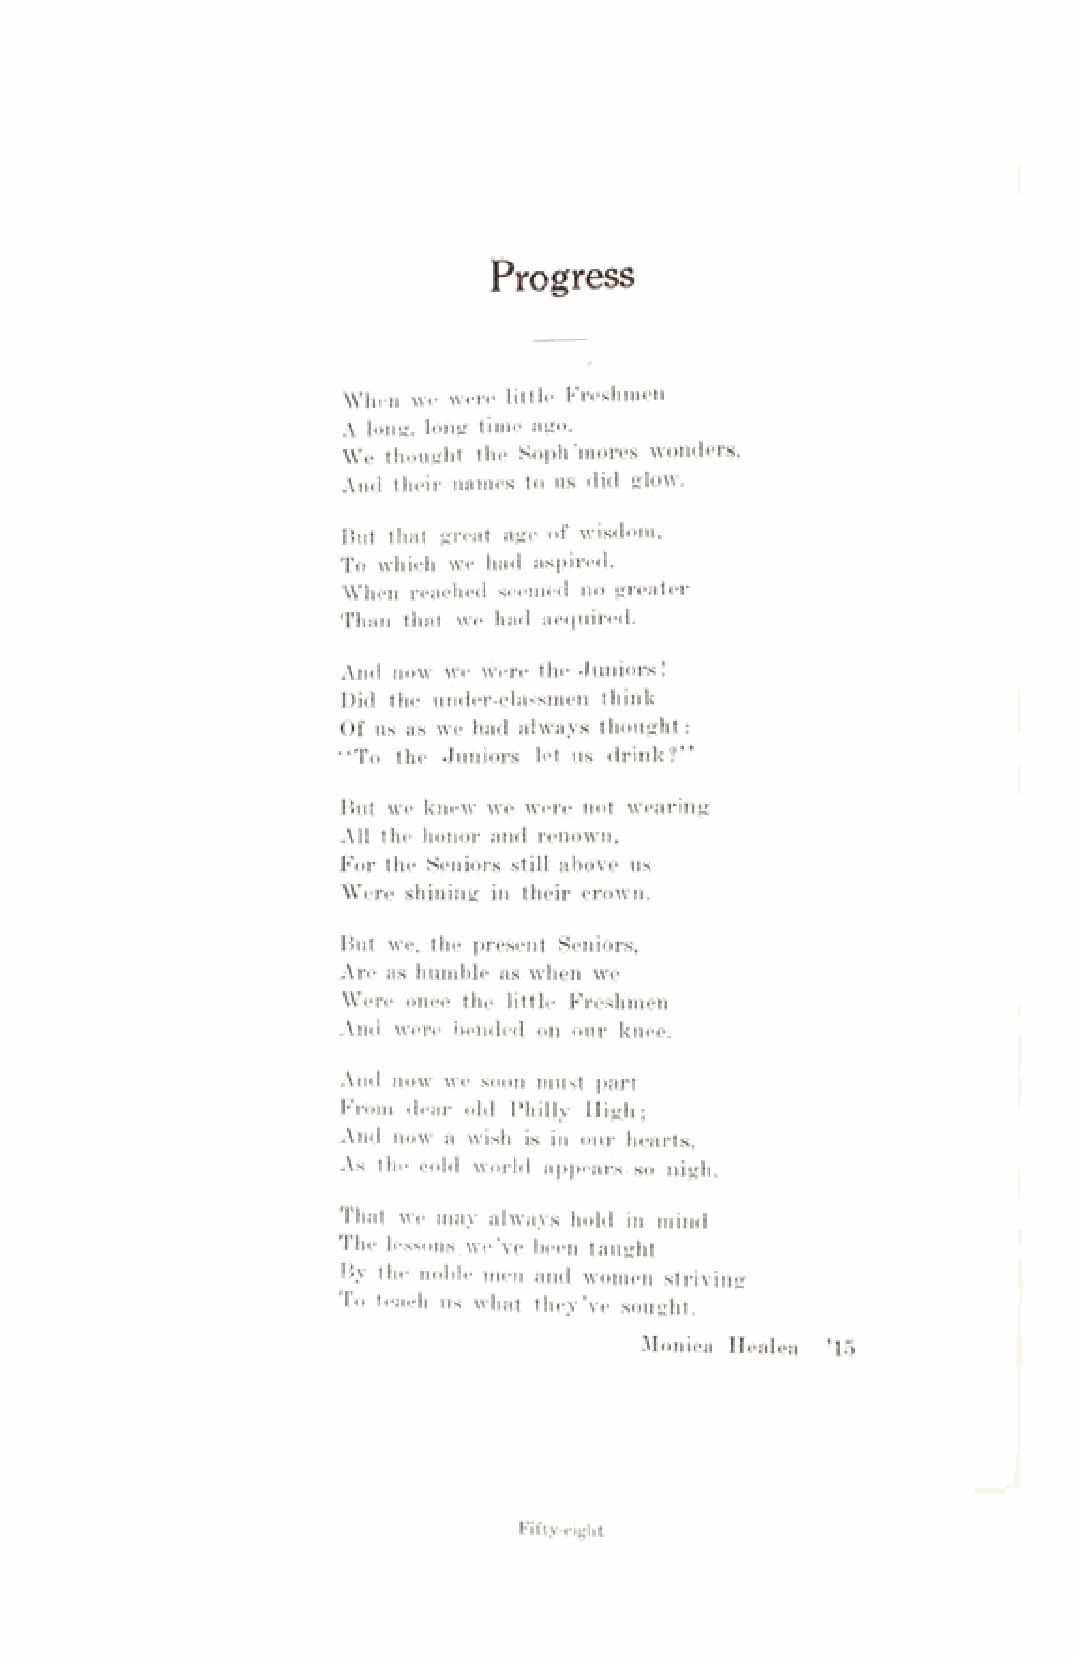
Progress
 When we were little Freshmen
 A long, long time ago.
 We thought the Soph ’mores wonders,
 And their names to us did glow.
 But that great age of wisdom,
 To which we had aspired.
 When reached seemed no greater
 Than that we had acquired.
 And now we were the Juniors!
 Did the under-classmen think
 Of us as we had always thought:
 “To the Juniors let us drink?”
 But we knew we were not wearing
 All the honor and renown,
 For the Seniors still above us
 Were shining in their crown.
 But we, the present Seniors,
 Are as humble as when we
 Were once the little Freshmen
 And were bended on our knee.
 And now we soon must part
 From dear old Philly High;
 And now a wish is in our hearts,
 As the cold world appears so nigh.
 That we may always hold in mind
 The lessons we’ve been taught
 By the noble men and women Striving
 To teach us what they’ve sought.
 Monica Healea ’15
 Fifty-eight